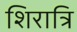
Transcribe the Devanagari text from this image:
शिरात्रि